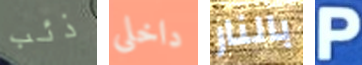
ذئب داخلى بالنار P